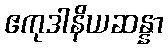
ဧကုဒါနိယဆန္နာ